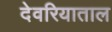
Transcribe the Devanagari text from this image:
देवरियाताल